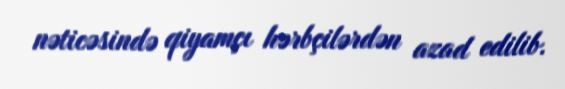
nəticəsində qiyamçı hərbçilərdən azad edilib.